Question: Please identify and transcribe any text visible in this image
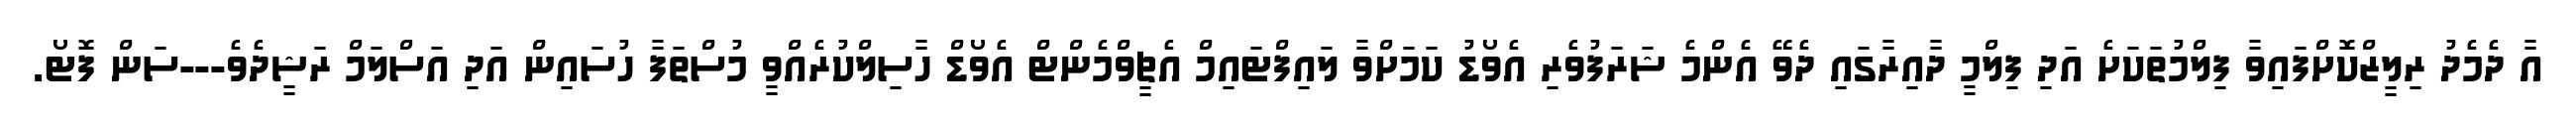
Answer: އާ ދެމެދު ރިލީޒްކޮށްފައިވާ ފިލްމުތަކަށެ އަދި ފިލްމީ ދާއިރާގައި ދެވޭ އެންމެ ޝަރަފުވެރި އެވޯޑު ކަމަށްވާ ލައިފްޓައިމް އެޗީވްމެންޓް އެވޯޑް ހާސިލްކުރެއްވީ މުސްތަފާ ހުސައިން އަދި އަސްލަމް ރަޝީދެވެ---ސަން ފޮޓޯ.